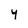
Character: y